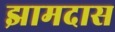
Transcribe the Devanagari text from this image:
झामदास